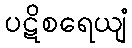
ပဋိစရေယျံ